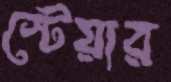
স্টেয়ার